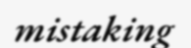
mistaking